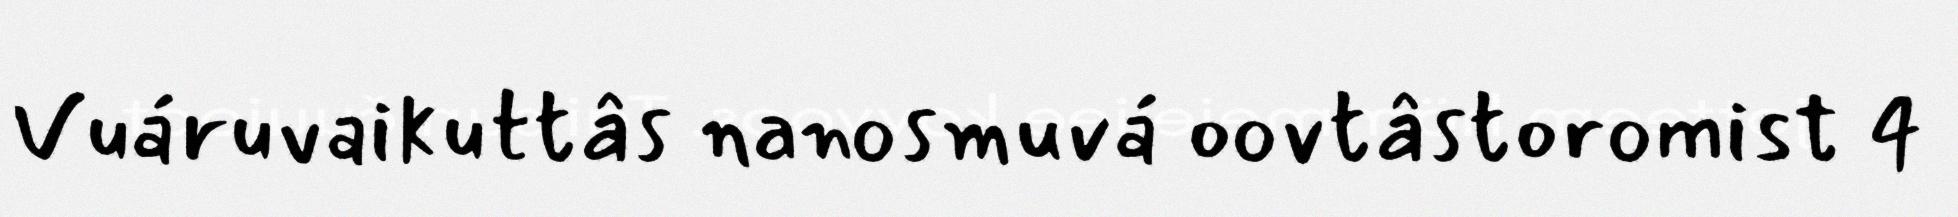
Vuáruvaikuttâs nanosmuvá oovtâstoromist 4